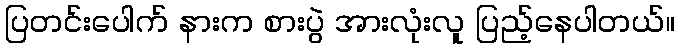
ပြတင်းပေါက် နားက စားပွဲ အားလုံးလူ ပြည့်နေပါတယ်။